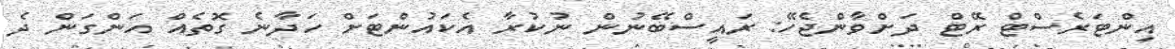
އިންޓަރެސްޓް ރޭޓް ދަށްވާންޖެހޭ: ރައީސްބޭނުން ނުކުރާ އެކައުންްޓަށް ހަދާނެ ގޮތެއް އަންގަން ދެ